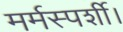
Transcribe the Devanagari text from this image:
मर्मस्पर्शी।